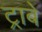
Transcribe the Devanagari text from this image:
ट्राबे